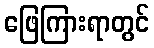
ဖြေကြားရာတွင်